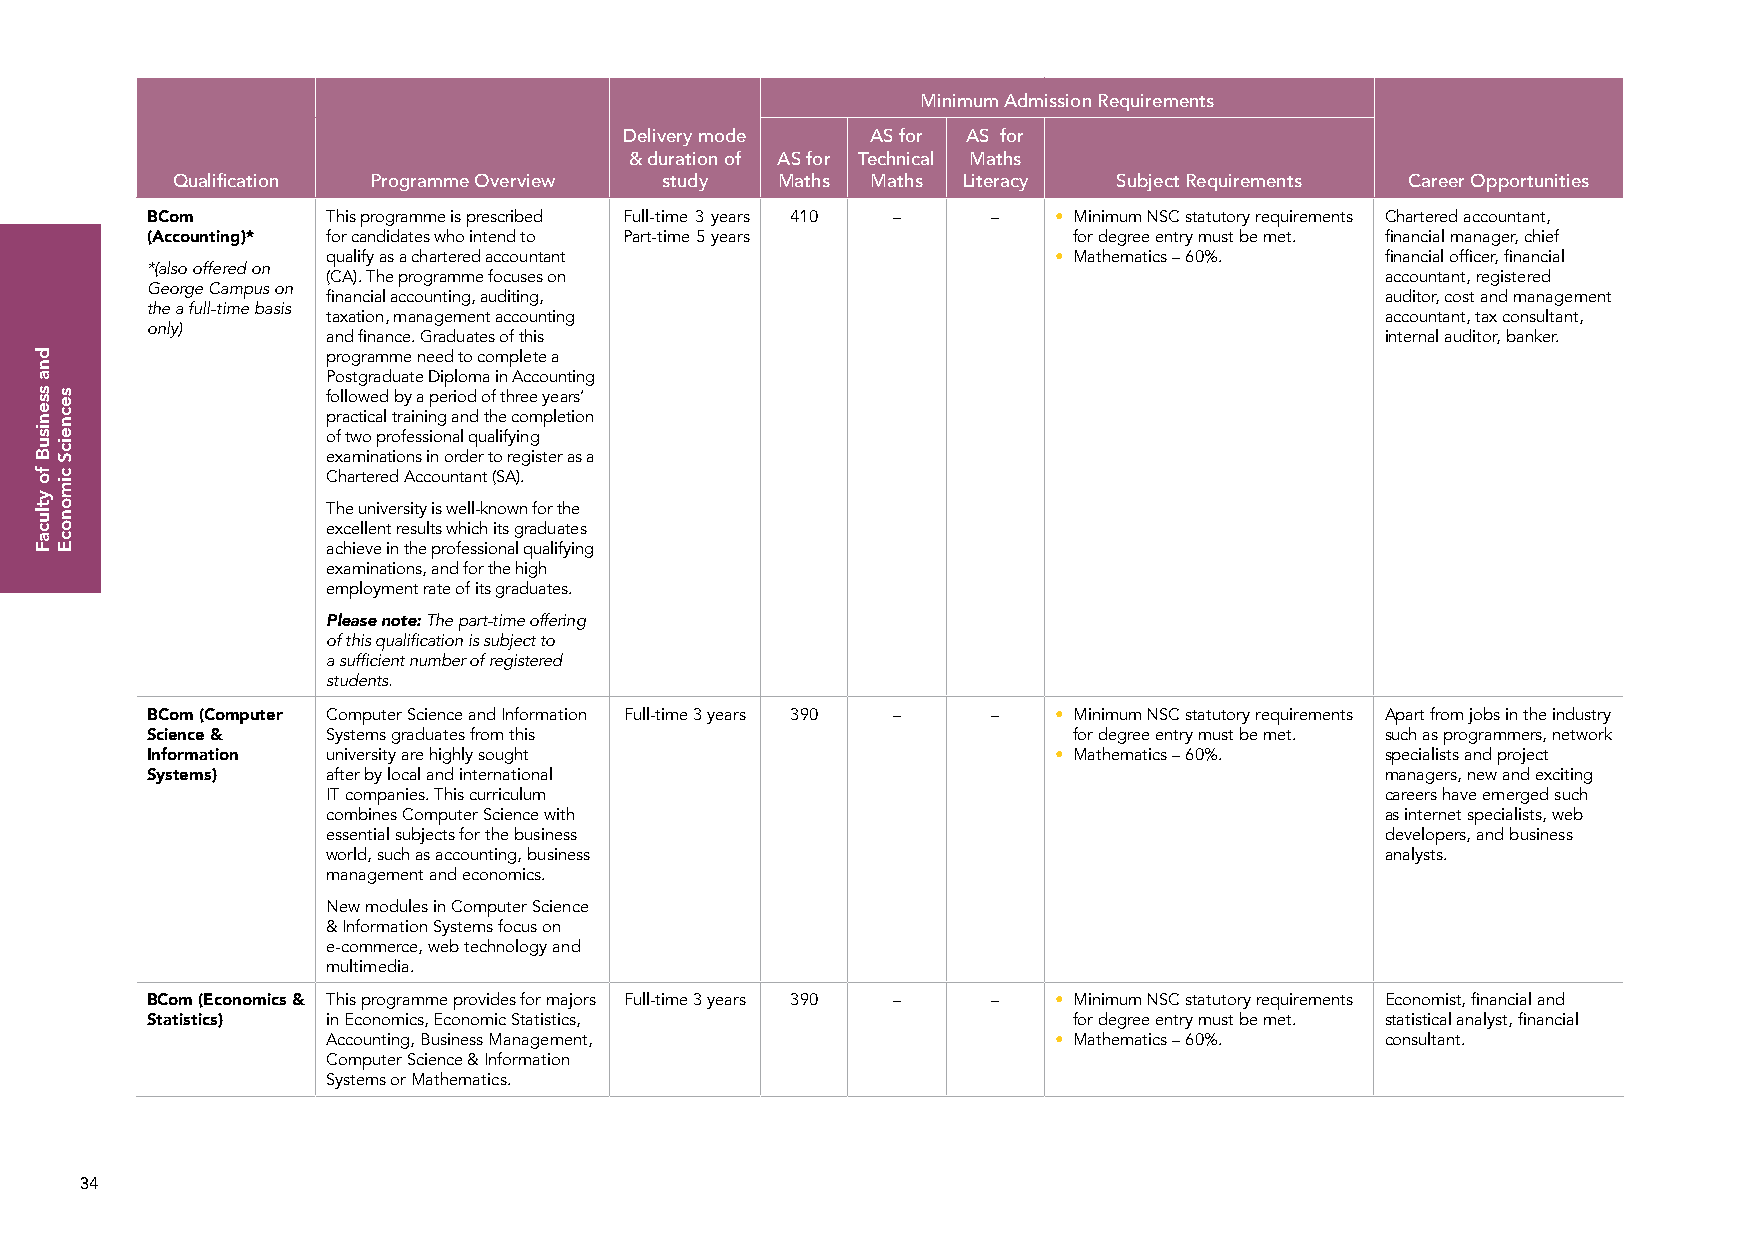
Minimum Admission Requirements
 Delivery mode    AS for AS for
 & duration of AS for Technical Maths
 Qualification Programme Overview study  Maths  Maths Literacy  Subject Requirements Career Opportunities
 BCom        This programme is prescribed Full-time 3 years 410 – – • Minimum NSC statutory requirements Chartered accountant,
 (Accounting)* for candidates who intend to Part-time 5 years for degree entry must be met. financial manager, chief
 qualify as a chartered accountant               • Mathematics – 60%.  financial officer, financial
 *(also offered on
 (CA). The programme focuses on                                        accountant, registered
 George Campus on
 financial accounting, auditing,                                       auditor, cost and management
 the a full-time basis
 taxation, management accounting                                       accountant, tax consultant,
 only)
 and finance. Graduates of this                                        internal auditor, banker.
 programme need to complete a
 Postgraduate Diploma in Accounting
 followed by a period of three years’
 practical training and the completion
 of two professional qualifying
 examinations in order to register as a
 Chartered Accountant (SA).
 The university is well-known for the
 excellent results which its graduates
 achieve in the professional qualifying
 examinations, and for the high
 employment rate of its graduates.
 Please note: The part-time offering
 of this qualification is subject to
 a sufficient number of registered
 students.
 BCom (Computer Computer Science and Information Full-time 3 years 390 – – • Minimum NSC statutory requirements Apart from jobs in the industry
 Science &   Systems graduates from this                      for degree entry must be met. such as programmers, network
 Information university are highly sought                    • Mathematics – 60%.  specialists and project
 Systems)    after by local and international                                      managers, new and exciting
 IT companies. This curriculum                                         careers have emerged such
 combines Computer Science with                                        as internet specialists, web
 essential subjects for the business                                   developers, and business
 world, such as accounting, business                                   analysts.
 management and economics.
 New modules in Computer Science
 & Information Systems focus on
 e-commerce, web technology and
 multimedia.
 BCom (Economics & This programme provides for majors Full-time 3 years 390 – – • Minimum NSC statutory requirements Economist, financial and
 Statistics) in Economics, Economic Statistics,               for degree entry must be met. statistical analyst, financial
 Accounting, Business Management,                • Mathematics – 60%.  consultant.
 Computer Science & Information
 Systems or Mathematics.
 34
 dna
 ssenisuB
 fo
 ytlucaF
 secneicS
 cimonocE